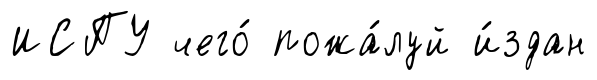
ИСПУ чего́ пожа́луй и́здан